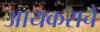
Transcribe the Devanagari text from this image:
आयकराचे